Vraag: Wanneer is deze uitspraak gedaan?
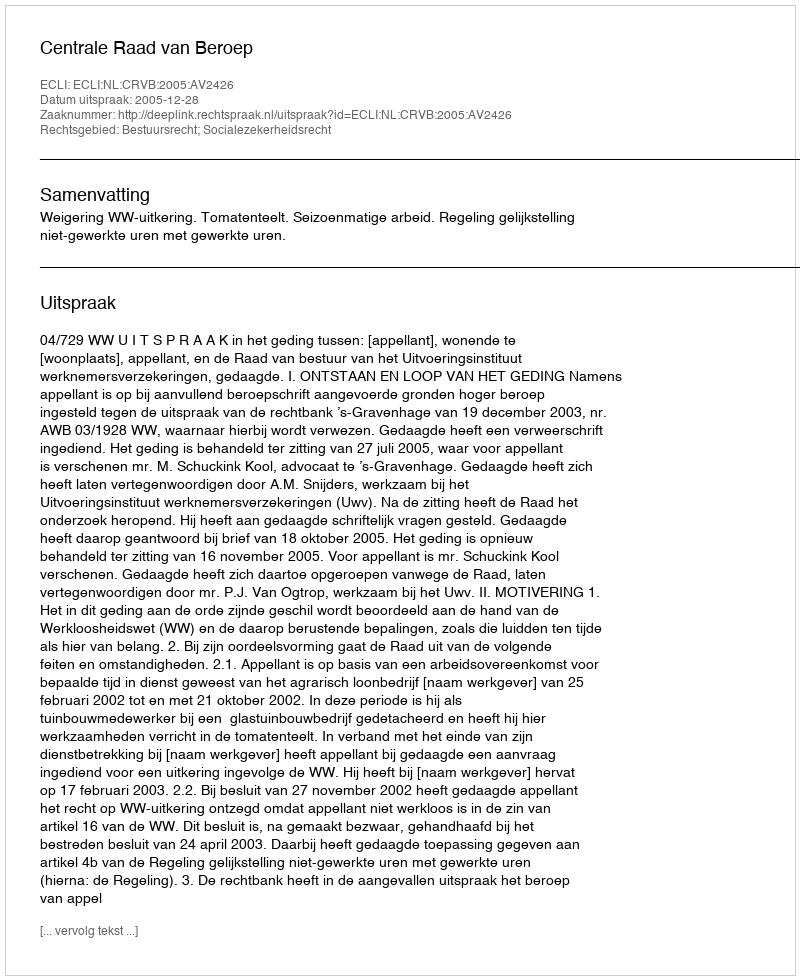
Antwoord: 2005-12-28